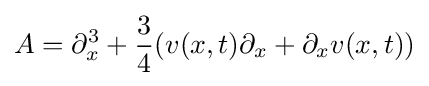
A=\partial _{x}^{3}+{\frac {3}{4}}(v(x,t)\partial _{x}+\partial _{x}v(x,t))